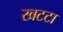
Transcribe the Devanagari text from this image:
खटटा